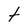
Character: t